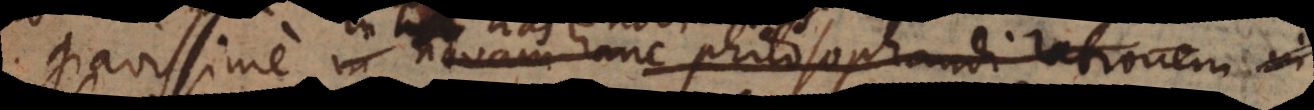
gravissime in novam hanc philosophandi rationem